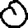
Digit: 0